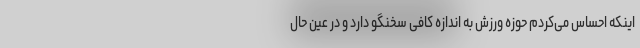
اینکه احساس می‌کردم حوزه ورزش به اندازه کافی سخنگو دارد و در عین حال